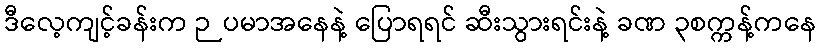
ဒီလေ့ကျင့်ခန်းက ဉပမာအနေနဲ့ ပြောရရင် ဆီးသွားရင်းနဲ့ ခဏ ၃စက္ကန့်ကနေ